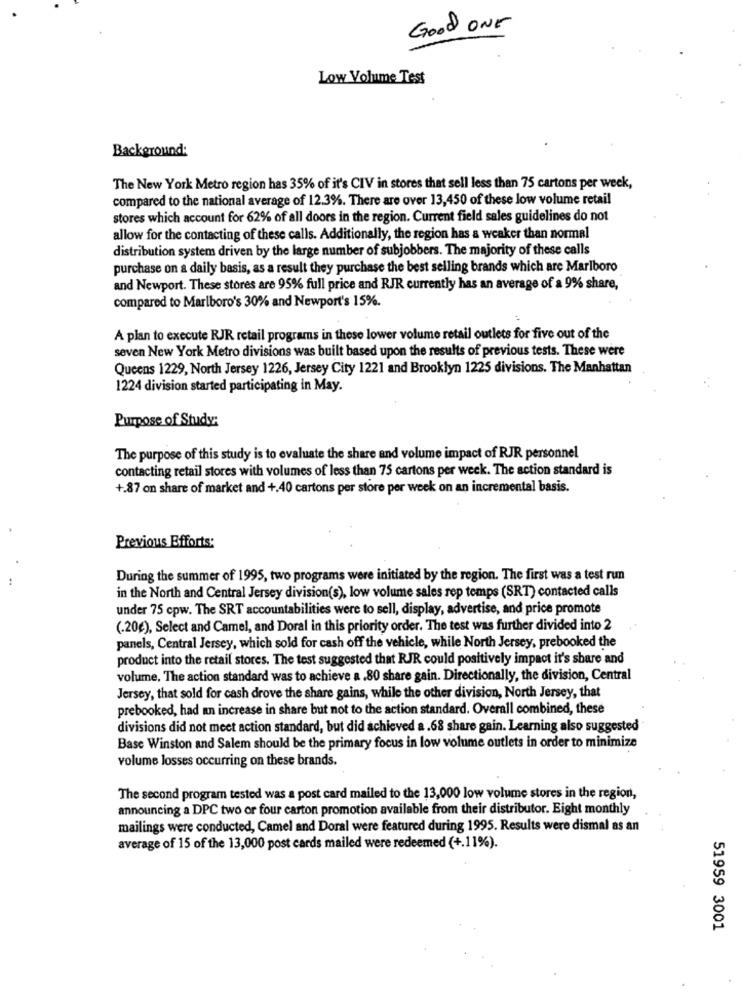
Good ONE
Low Volume Test
Background:
The New York Metro region has 35% of it's CIV in stores that sell less than 75 cartons per week,
compared to the national average of 12.3%. There are over 13,450 of these low volume retail
stores which account for 62% of all doors in the region. Current field sales guidelines do not
allow for the contacting of these calls. Additionally, the region has a weaker than normal
distribution system driven by the large number of subjobbers. The majority of these calls
purchase on a daily basis, as a result they purchase the best selling brands which are Marlboro
and Newport. These stores are 95% full price and RJR currently has an average of a 9% share,
compared to Marlboro's 30% and Newport's 15%.
A plan to execute RJR retail programs in these lower volume retail outlets for five out of the
seven New York Metro divisions was built based upon the results of previous tests. These were
Queens 1229, North Jersey 1226, Jersey City 1221 and Brooklyn 1225 divisions. The Manhattan
1224 division started participating in May.
Purpose of Study:
The purpose of this study is to evaluate the share and volume impact of RJR personnel
contacting retail stores with volumes of less than 75 cartons per week. The action standard is
+.87 on share of market and +.40 cartons per store per week on an incremental basis.
Previous Efforts:
..
During the summer of 1995, two programs were initiated by the region. The first was a test run
in the North and Central Jersey division(s), low volume sales rep temps (SRT) contacted calls
under 75 cpw. The SRT accountabilities were to sell, display, advertise, and price promote
(.20g), Select and Camel, and Doral in this priority order. The test was further divided into 2
panels, Central Jersey, which sold for cash off the vehicle, while North Jersey, prebooked the
product into the retail stores. The test suggested that RJR could positively impact it's share and
volume, The action standard was to achieve a .80 share gain. Directionally, the division, Central
Jersey, that sold for cash drove the share gains, while the other division, North Jersey, that
prebooked, had an increase in share but not to the action standard. Overall combined, these
divisions did not meet action standard, but did achieved a.68 share gain. Learning also suggested
Base Winston and Salem should be the primary focus in low volume outlets in order to minimize
volume losses occurring on these brands.
The second program tested was a post card mailed to the 13,000 low volume stores in the region,
announcing a DPC two or four carton promotion available from their distributor. Eight monthly
mailings were conducted, Camel and Doral were featured during 1995. Results were dismal as an
average of 15 of the 13,000 post cards mailed were redeemed (+.11%).
51959 3001